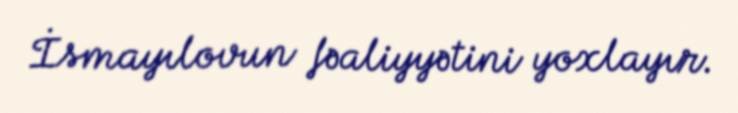
İsmayılovun fəaliyyətini yoxlayır.